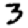
Digit: 3